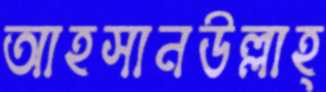
আহসানউল্লাহ্